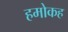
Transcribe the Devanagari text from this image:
हमोकह